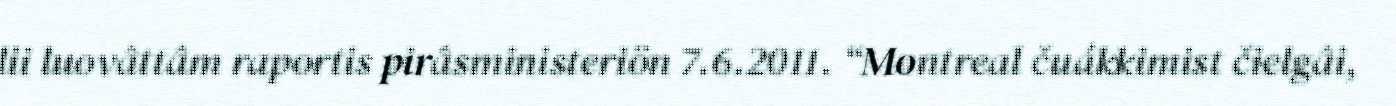
lii luovâttâm raportis pirâsministeriön 7.6.2011. “Montreal čuákkimist čielgâi,